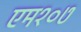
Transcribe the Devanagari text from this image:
एम१०७